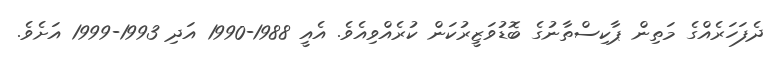
ދެފަހަރެއްގެ މަތިން ޕާކިސްތާނުގެ ބޮޑުވަޒީރުކަން ކުރެއްވިއެވެ. އެއީ 1988-1990 އަދި 1993-1999 އަށެވެ.